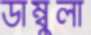
ডাম্বুলা